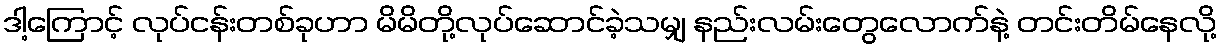
ဒါ့ကြောင့် လုပ်ငန်းတစ်ခုဟာ မိမိတို့လုပ်ဆောင်ခဲ့သမျှ နည်းလမ်းတွေလောက်နဲ့ တင်းတိမ်နေလို့